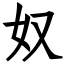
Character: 奴